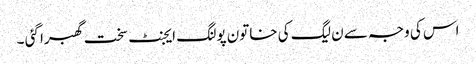
اس کی وجہ سے ن لیگ کی خاتون پولنگ ایجنٹ سخت گھبرا گئی ۔